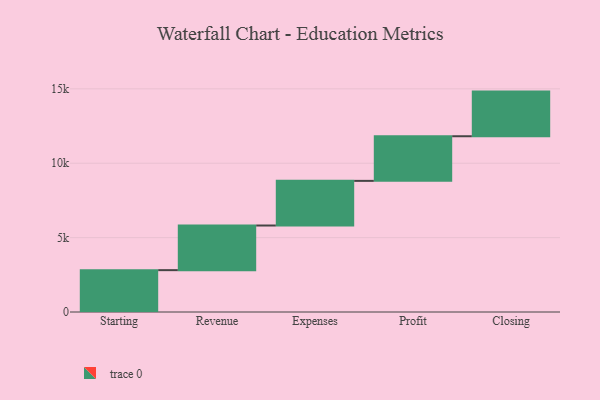
{"axis": {"x": "Step", "y": "Value"}, "legend": [""], "data": [{"x": "Starting", "y": 2813.0, "type": ""}, {"x": "Revenue", "y": 3000, "type": ""}, {"x": "Expenses", "y": 3000, "type": ""}, {"x": "Profit", "y": 3000, "type": ""}, {"x": "Closing", "y": 3000, "type": ""}]}